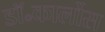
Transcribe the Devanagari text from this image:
डॉ॰कार्लोस